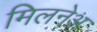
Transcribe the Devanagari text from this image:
मिलनेअ